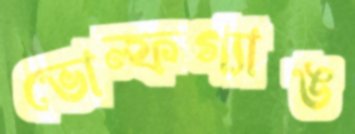
ভোল্ফগ্যাঙ